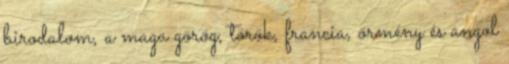
birodalom, a maga görög, török, francia, örmény és angol